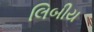
લિબીય